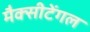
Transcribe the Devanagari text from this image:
मैक्‍सीटेंगल